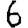
Digit: 6